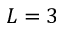
L = 3